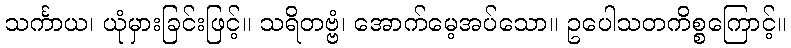
သင်္ကာယ၊ ယုံမှားခြင်းဖြင့်။ သရိတဗ္ဗံ၊ အောက်မေ့အပ်သော။ ဥပေါသတကိစ္စကြောင့်။